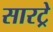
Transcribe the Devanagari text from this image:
सारट्रे